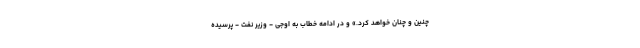
چنین و چنان خواهد کرد.» و در ادامه خطاب به اوجی - وزیر نفت - پرسیده